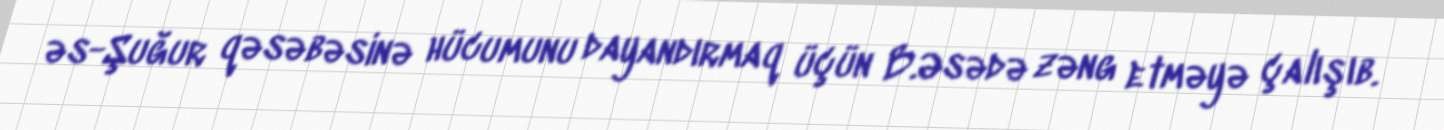
əs-Şuğur qəsəbəsinə hücumunu dayandırmaq üçün B.Əsədə zəng etməyə çalışıb.